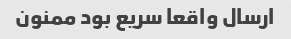
ارسال واقعا سریع بود ممنون